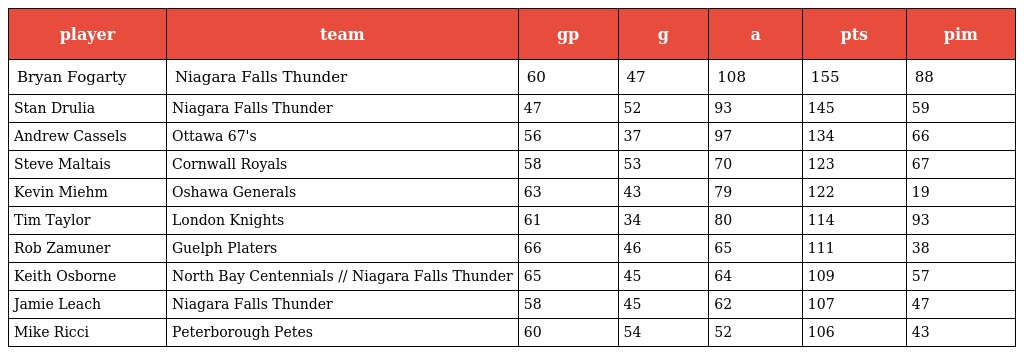
| player | team | gp | g | a | pts | pim |
 | --- | --- | --- | --- | --- | --- | --- |
 | Bryan Fogarty | Niagara Falls Thunder | 60 | 47 | 108 | 155 | 88 |
 | Stan Drulia | Niagara Falls Thunder | 47 | 52 | 93 | 145 | 59 |
 | Andrew Cassels | Ottawa 67's | 56 | 37 | 97 | 134 | 66 |
 | Steve Maltais | Cornwall Royals | 58 | 53 | 70 | 123 | 67 |
 | Kevin Miehm | Oshawa Generals | 63 | 43 | 79 | 122 | 19 |
 | Tim Taylor | London Knights | 61 | 34 | 80 | 114 | 93 |
 | Rob Zamuner | Guelph Platers | 66 | 46 | 65 | 111 | 38 |
 | Keith Osborne | North Bay Centennials // Niagara Falls Thunder | 65 | 45 | 64 | 109 | 57 |
 | Jamie Leach | Niagara Falls Thunder | 58 | 45 | 62 | 107 | 47 |
 | Mike Ricci | Peterborough Petes | 60 | 54 | 52 | 106 | 43 |